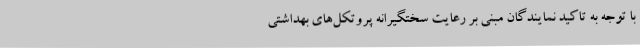
با توجه به تاکید نمایندگان مبنی بر رعایت سختگیرانه پروتکل‌های بهداشتی